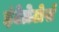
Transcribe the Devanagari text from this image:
इंटेग्रेटोर्स